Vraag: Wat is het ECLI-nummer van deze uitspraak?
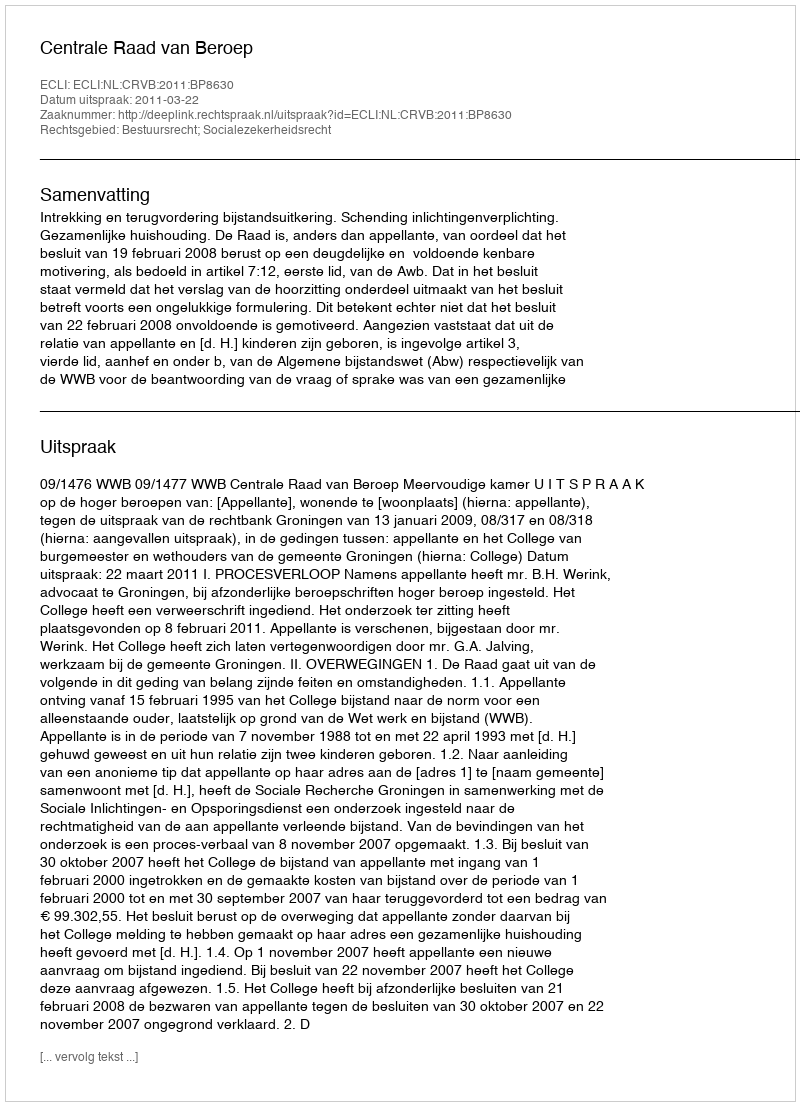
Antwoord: ECLI:NL:CRVB:2011:BP8630